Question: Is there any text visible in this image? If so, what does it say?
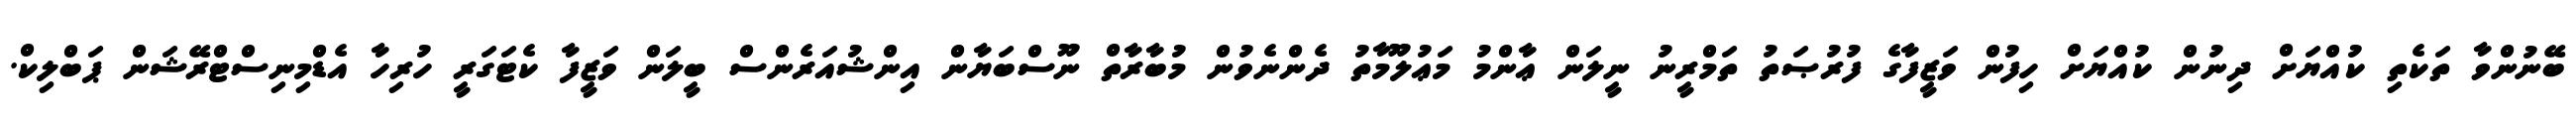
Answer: ބޭނުންވާ ތަކެތި ކުއްޔަށް ދިނުން ކުއްޔަށް ހިފުން ވަޒީފާގެ ފުރުޞަތު ތަމްރީނު ނީލަން ޢާންމު މަޢުލޫމާތު ދެންނެވުން މުބާރާތް ނޫސްބަޔާން އިންޝުއަރެންސް ބީލަން ވަޒީފާ ކެޓަގަރީ ހުރިހާ އެޑްމިނިސްޓްރޭޝަން ޕަބްލިކް.